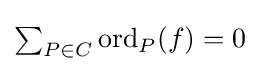
{\textstyle \sum _{P\in C}{\mathrm {ord} _{P}(f)}=0}